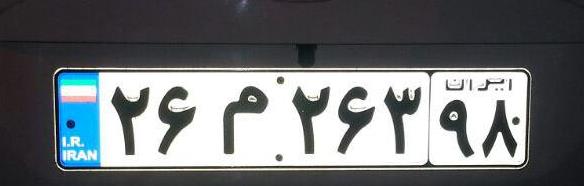
۲۶م۲۶۳۹۸